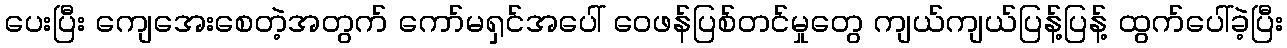
ပေးပြီး ကျေအေးစေတဲ့အတွက် ကော်မရှင်အပေါ် ဝေဖန်ပြစ်တင်မှုတွေ ကျယ်ကျယ်ပြန့်ပြန့် ထွက်ပေါ်ခဲ့ပြီး